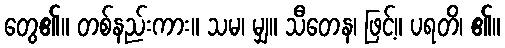
တွေ၏။ တစ်နည်းကား။ သမ၊ မျှ။ သီတေန၊ ဖြင့်။ ပရတိ၊ ၏။